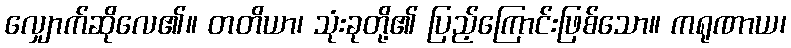
လျှောက်ဆိုလေ၏။ တတိယာ၊ သုံးခုတို့၏ ပြည့်ကြောင်းဖြစ်သော။ ကရုဏာယ၊